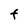
Character: F